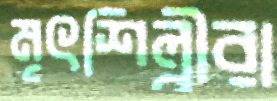
মৃৎশিল্পীরা